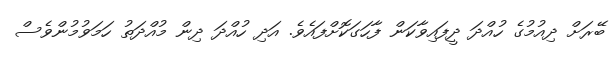
ބޭރަށް ދިއުމުގެ ހުއްދަ ދީފައިވާކަން ފާހަަގަކޮށްފައެވެ. އަދި ހުއްދަ ދިން މުއްދަތު ހަމަވުމުންވެސް